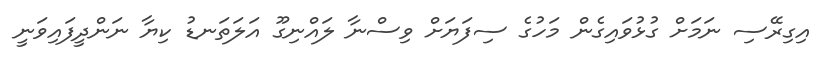
އިގިރޭސި ނަމަށް ގުޅުވައިގެން މަހުގެ ސިފަޔަށް ވިސްނާ ލައްނިގޫ އަލަތަނޑު ކިޔާ ނަންދީފައިވަނީ